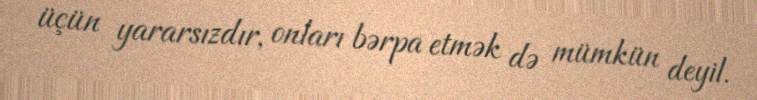
üçün yararsızdır, onları bərpa etmək də mümkün deyil.